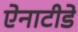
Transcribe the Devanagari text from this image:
ऐनाटीडे